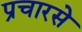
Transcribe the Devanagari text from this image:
प्रचारसे